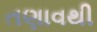
તણાવથી